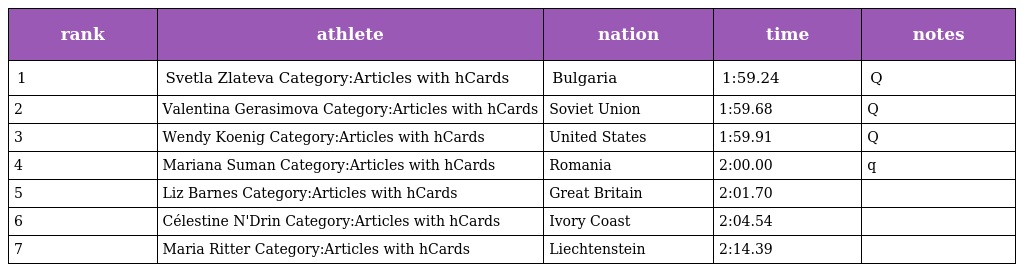
| rank | athlete | nation | time | notes |
 | --- | --- | --- | --- | --- |
 | 1 | Svetla Zlateva Category:Articles with hCards | Bulgaria | 1:59.24 | Q |
 | 2 | Valentina Gerasimova Category:Articles with hCards | Soviet Union | 1:59.68 | Q |
 | 3 | Wendy Koenig Category:Articles with hCards | United States | 1:59.91 | Q |
 | 4 | Mariana Suman Category:Articles with hCards | Romania | 2:00.00 | q |
 | 5 | Liz Barnes Category:Articles with hCards | Great Britain | 2:01.70 |  |
 | 6 | Célestine N'Drin Category:Articles with hCards | Ivory Coast | 2:04.54 |  |
 | 7 | Maria Ritter Category:Articles with hCards | Liechtenstein | 2:14.39 |  |